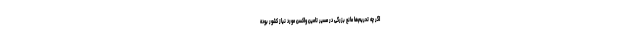
اگر چه تحریم‌ها مانع بزرگی در مسیر تامین واکسن مورد نیاز کشور بوده